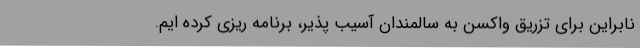
نابراین برای تزریق واکسن به سالمندان آسیب پذیر، برنامه ریزی کرده ایم.